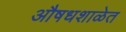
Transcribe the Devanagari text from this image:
औषधशाळेत